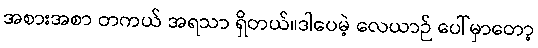
အစားအစာ တကယ် အရသာ ရှိတယ်။ဒါပေမဲ့ လေယာဉ် ပေါ်မှာတော့